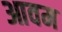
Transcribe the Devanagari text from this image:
आवम